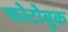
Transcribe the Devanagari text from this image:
फोटोबुक